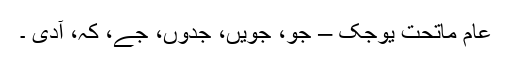
عام ماتحت یوجک – جو، جویں، جدوں، جے، کہ، آدی ۔